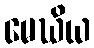
မေဃိယ